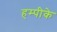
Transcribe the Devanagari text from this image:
हम्पीके